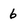
Character: 6